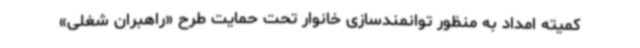
کمیته امداد به منظور توانمندسازی خانوار تحت حمایت طرح «راهبران شغلی»